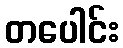
တပေါင်း